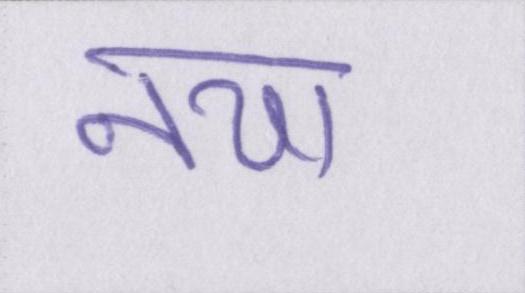
नया